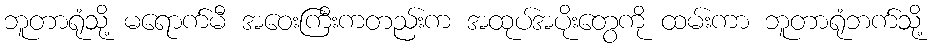
ဘူတာရုံသို့ မရောက်မီ အဝေးကြီးကတည်းက အထုပ်အပိုးတွေကို ထမ်းကာ ဘူတာရုံဘက်သို့